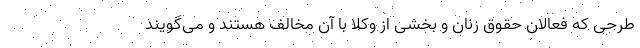
طرحی که فعالان حقوق زنان و بخشی از وکلا با آن مخالف هستند و می‌گویند